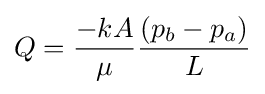
Q={\frac {-kA}{\mu }}{\frac {(p_{b}-p_{a})}{L}}